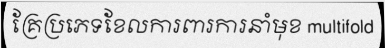
គ្រែប្រភេទខែលការពារការនាំមុខ multifold